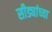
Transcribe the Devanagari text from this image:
सीड्यांच्या